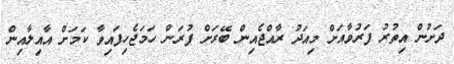
ދަށުން އިތުރު ފަރުވާއަށް މިއަދު ރާއްޖެއިން ބޭރަށް ފުރަން ހަމަޖެހިފައިވާ ކަމަށް އާއިލާއިން